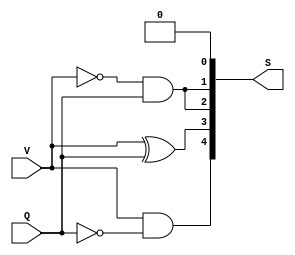
//V 24
//Q 14
//pause  pausa, ativado a nivel logico baixo
// restart  ativiado a nivel logico baixo
//S dados a serem contados
//load permission - permissao de transferencia de dados para o contador
// clear_permission - permissao de limpeza de dados para o contador - opera com nivel logico baixo
//count_permission - permissao de contagem para o contador
module entradas_sel_tempo(

	input V,
	input Q,
	output [4:0]S

);

assign S[0] = 0;
assign S[1] = ~V & Q;
assign S[2] = ~V & Q;
assign S[3] = V ^ Q;
assign S[4] = V & ~Q;





endmodule